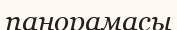
панорамасы